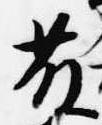
藤